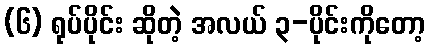
(၆) ရုပ်ပိုင်း ဆိုတဲ့ အလယ် ၃-ပိုင်းကိုတော့